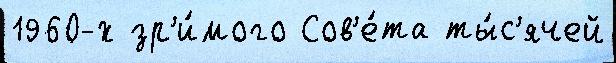
1960-х зр'и́мого Сов'е́та ты́с'ячей